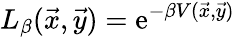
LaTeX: L_{\beta}(\vec{x},\vec{y})=\mathrm{e}^{-\beta V(\vec{x},\vec{y})}